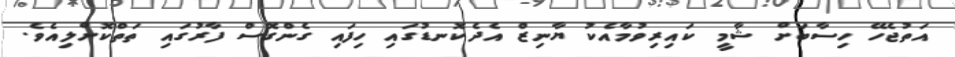
އަތުޖެހޭ ހިސާބަށް ޝާމީ ކައިރިވުމާއެކު ޔާނިޒް އެދެކޮނޑުގައި ހިފައި ގެންގޮސް ފާރުގައި ތަތްކޮށްލިއެވެ.